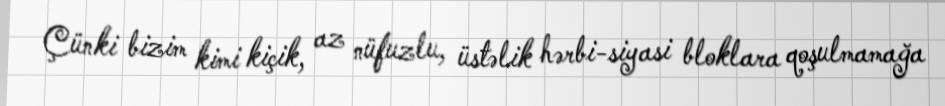
Çünki bizim kimi kiçik, az nüfuzlu, üstəlik hərbi-siyasi bloklara qoşulmamağa